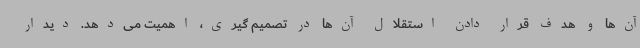
آن‌ها و هدف قرار دادن استقلال آن‌ها در تصمیم گیری، اهمیت می‌دهد. دیدار